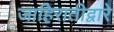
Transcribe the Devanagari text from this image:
जाहिरातीद्वारे